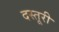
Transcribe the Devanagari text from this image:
दस्तूरी